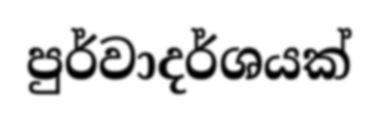
පුර්වාදර්ශයක්